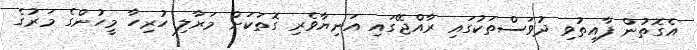
އެގޮތުން ފާއިތުވި ދުވަސްތަކުގައި ރާއްޖޭގައި އަނިޔާވެރި ގޮތަކަށް މަރާލި ހުރިހާ މީހުންގެ މަރުގެ